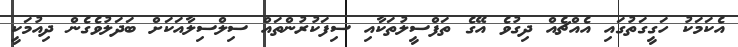
އެކަމަކު ހަގީގަތުގައި އެއްޗެއް ދިގުވެ އޭގެ ތަފްސީލުތަކާއި ސިފަކުރުންތައް ސިލްސިލާއަކަށް ބަދަލުވެގެން ދިއުމަކީ